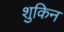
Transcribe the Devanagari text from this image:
शुकिन